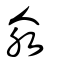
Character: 氽